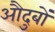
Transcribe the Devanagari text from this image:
औदुबों